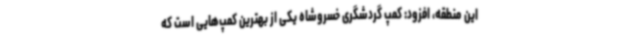
این منطقه، افزود: کمپ گردشگری خسروشاه یکی از بهترین کمپ‌هایی است که